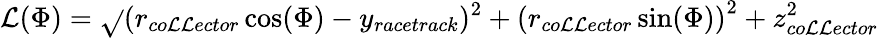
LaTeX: \mathcal{L}(\Phi)=\sqrt{}{{(r_{co\mathcal{L}\mathcal{L}ector}\cos(\Phi)-y_{racetrack})^{2}+\left(r_{co\mathcal{L}\mathcal{L}ector}\sin(\Phi)\right)^{2}+z_{co\mathcal{L}\mathcal{L}ector}^{2}}}